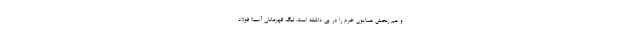
و هم رنجش همایون خرم را در پی داشته است. لیگ قهرمانان آسیا/ فولاد